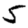
Digit: 5